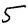
Digit: 5